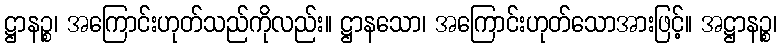
ဋ္ဌာနဉ္စ၊ အကြောင်းဟုတ်သည်ကိုလည်း။ ဋ္ဌာနသော၊ အကြောင်းဟုတ်သောအားဖြင့်။ အဋ္ဌာနဉ္စ၊